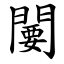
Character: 闄